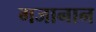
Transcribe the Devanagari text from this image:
गजानान